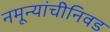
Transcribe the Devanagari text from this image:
नमून्यांचीनिवड